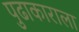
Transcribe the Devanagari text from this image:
पुढाकाराला